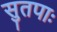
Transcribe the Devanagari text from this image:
सुतपाः